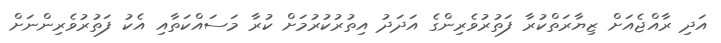
އަދި ރާއްޖެއަށް ޒިޔާރަތްކުރާ ފަތުރުވެރިންގެ އަދަދު އިތުރުކުރުމަށް ކުރާ މަސައްކަތާއި އެކު ފަތުރުވެރިންނަށް